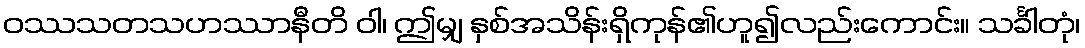
ဝဿသတသဟဿာနီတိ ဝါ၊ ဤမျှ နှစ်အသိန်းရှိကုန်၏ဟူ၍လည်းကောင်း။ သင်္ခါတုံ၊